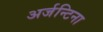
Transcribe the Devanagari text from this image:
अर्जन्टिना